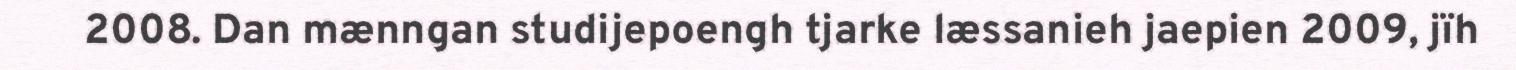
2008. Dan mænngan studijepoengh tjarke læssanieh jaepien 2009, jïh